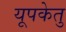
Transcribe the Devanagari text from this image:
यूपकेतु